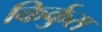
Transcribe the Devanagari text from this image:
किर्कुस